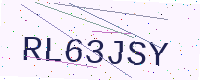
Text: RL63JSY